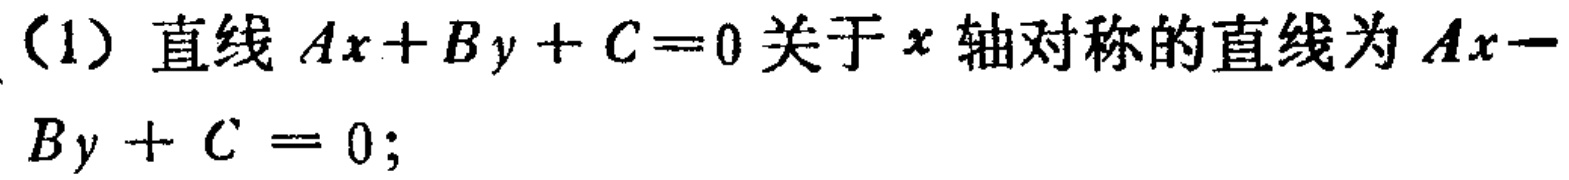
（1）直线 \(Ax + By + C = 0\) 关于 \(x\) 轴对称的直线为 \(Ax - By + C = 0\);